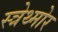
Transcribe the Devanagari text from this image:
स्त्रेथ्मोर